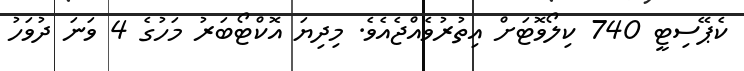
ކެޕޭސިޓީ 740 ކިލޯވޮޓަށް އިތުރުވެއްޖެއެވެ. މިދިޔަ އޮކްޓޯބަރު މަހުގެ 4 ވަނަ ދުވަހު